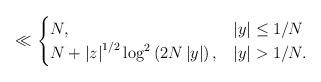
LaTeX: \begin{align*}\ll\begin{cases}N, & \left|y\right|\leq1/N\\N+\left|z\right|^{1/2}\log^{2}\left(2N\left|y\right|\right), & \left|y\right|>1/N.\end{cases}\end{align*}